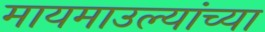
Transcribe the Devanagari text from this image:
मायमाउल्यांच्या